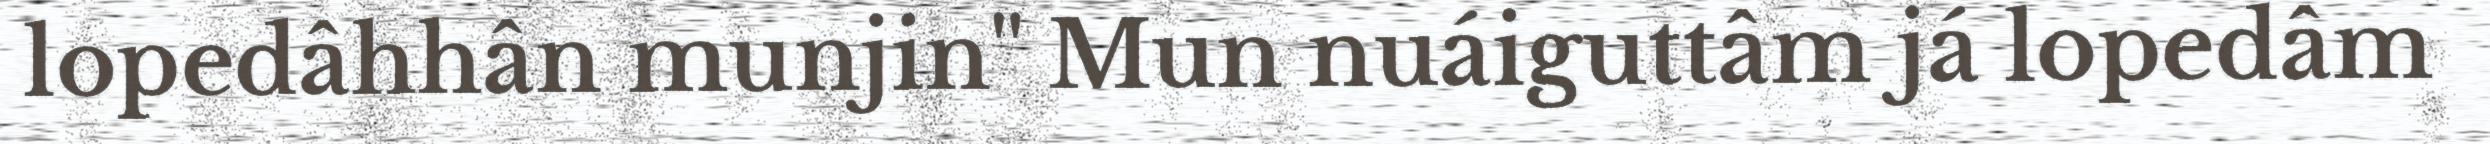
lopedâhhân munjin" Mun nuáiguttâm já lopedâm